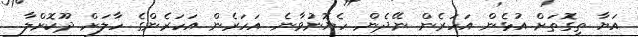
އަޔާ ތިގޮތަށް އުޅެން އަހަރެން ނޭދެން. ހެޔޮނުވާނެ. އަހަރެން އަހަރެންގެ ހާލަށް ދޫކޮށްލާ.